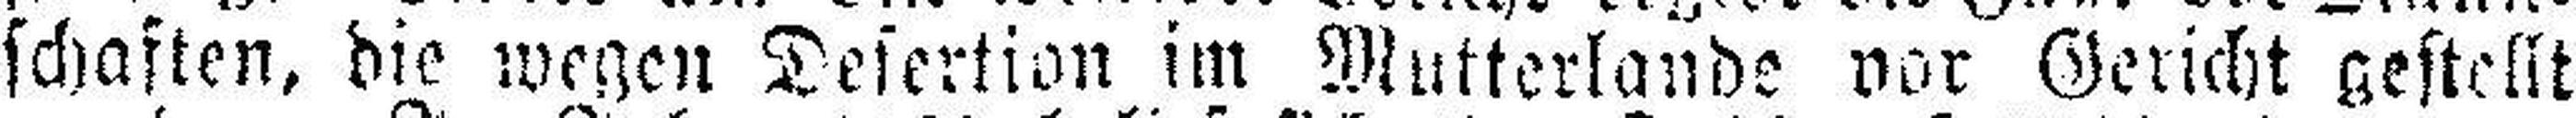
schaften, die wegen Desertion im Mutterlande vor Gericht gestellt